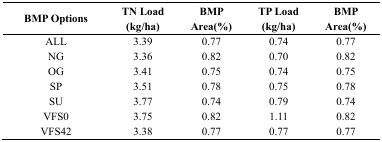
| BMP Options | TN Load (kg/ha) | BMP Area(%) | TP Load (kg/ha) | BMP Area(%) |
 | --- | --- | --- | --- | --- |
 | ALL | 3.39 | 0.77 | 0.74 | 0.77 |
 | NG | 3.36 | 0.82 | 0.70 | 0.82 |
 | OG | 3.41 | 0.75 | 0.74 | 0.75 |
 | SP | 3.51 | 0.78 | 0.75 | 0.78 |
 | SU | 3.77 | 0.74 | 0.79 | 0.74 |
 | VFS0 | 3.75 | 0.82 | 1.11 | 0.82 |
 | VFS42 | 3.38 | 0.77 | 0.77 | 0.77 |